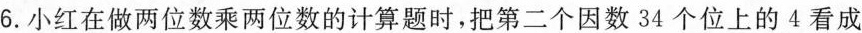
6.小红在做两位数乘两位数的计算题时，把第二个因数34个位上的4看成